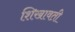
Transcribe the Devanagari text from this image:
शिखावती